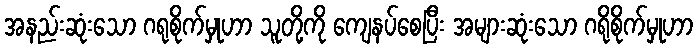
အနည်းဆုံးသော ဂရုစိုက်မှုဟာ သူတို့ကို ကျေနပ်စေပြီး အများဆုံးသော ဂရိုစိုက်မှုဟာ